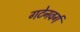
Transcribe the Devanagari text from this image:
गटेनवर्ग